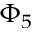
\Phi _ { 5 }